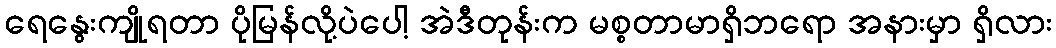
ရေနွေးကျိုရတာ ပိုမြန်လို့ပဲပေါ့ အဲဒီတုန်းက မစ္စတာမာရှိဘရော အနားမှာ ရှိလား